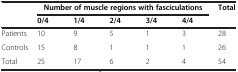
<table><thead><tr><td rowspan="2"><b> </b></td><td colspan="5"><b>Number of muscle regions with fasciculations</b></td><td rowspan="2"><b>Total</b></td></tr><tr><td><b>0/4</b></td><td><b>1/4</b></td><td><b>2/4</b></td><td><b>3/4</b></td><td><b>4/4</b></td></tr></thead><tbody><tr><td>Patients</td><td>10</td><td>9</td><td>5</td><td>1</td><td>3</td><td>28</td></tr><tr><td>Controls</td><td>15</td><td>8</td><td>1</td><td>1</td><td>1</td><td>26</td></tr><tr><td>Total</td><td>25</td><td>17</td><td>6</td><td>2</td><td>4</td><td>54</td></tr></tbody></table>